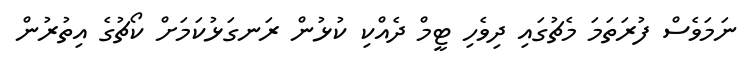
ނަމަވެސް ފުރަތަމަ މެޗުގައި ދިވެހި ޓީމް ދެއްކި ކުޅުން ރަނގަޅުކަމަށް ކޯޗުގެ އިތުރުން